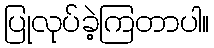
ပြုလုပ်ခဲ့ကြတာပါ။